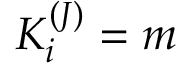
K _ { i } ^ { ( J ) } = m